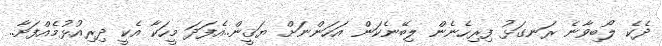
ދެކެ ލޯބިވާނެ ރަނގަޅު ފިރިހެނެން ލިބޭނެކަން އަހަންނަށް ޔަޤީން..އެފަދަ މީހަކާ އެކީ ދިރިއުޅުމެއްފަށާ..